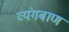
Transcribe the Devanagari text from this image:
व्यंगबाण